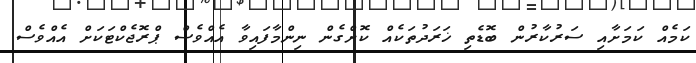
ކަމެއް ކަމަށާއި ސަރުކާރުން ބޮޑެތި ޚަރަދުތަކެއް ކޮށްގެން ނިންމާފައިވާ އެއްވެސް ޕްރޮޖެކްޓަކަށް އެއްވެސް